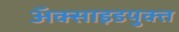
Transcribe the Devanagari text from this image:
अॅक्साइडयुक्त